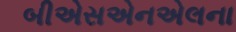
બીએસએનએલના